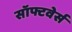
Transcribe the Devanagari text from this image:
सॉफ्टवेर्स